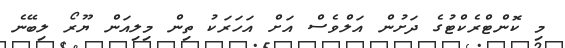
މި ކޮންޓްރެކްޓުގެ ދަށުން އަލްވެސް އަށް އަހަރަކު ތިން މިލިއަން ޔޫރޯ ލިބޭނެ